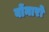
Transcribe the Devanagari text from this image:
बोंनार्रो